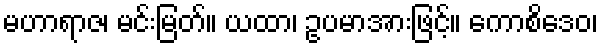
မဟာရာဇ၊ မင်းမြတ်။ ယထာ၊ ဥပမာအားဖြင့်။ ကောစိဒေဝ၊